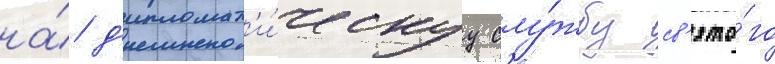
на́ д'ипломат'и́ческуу слу́жбу св'ято́го